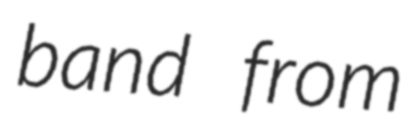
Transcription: band from